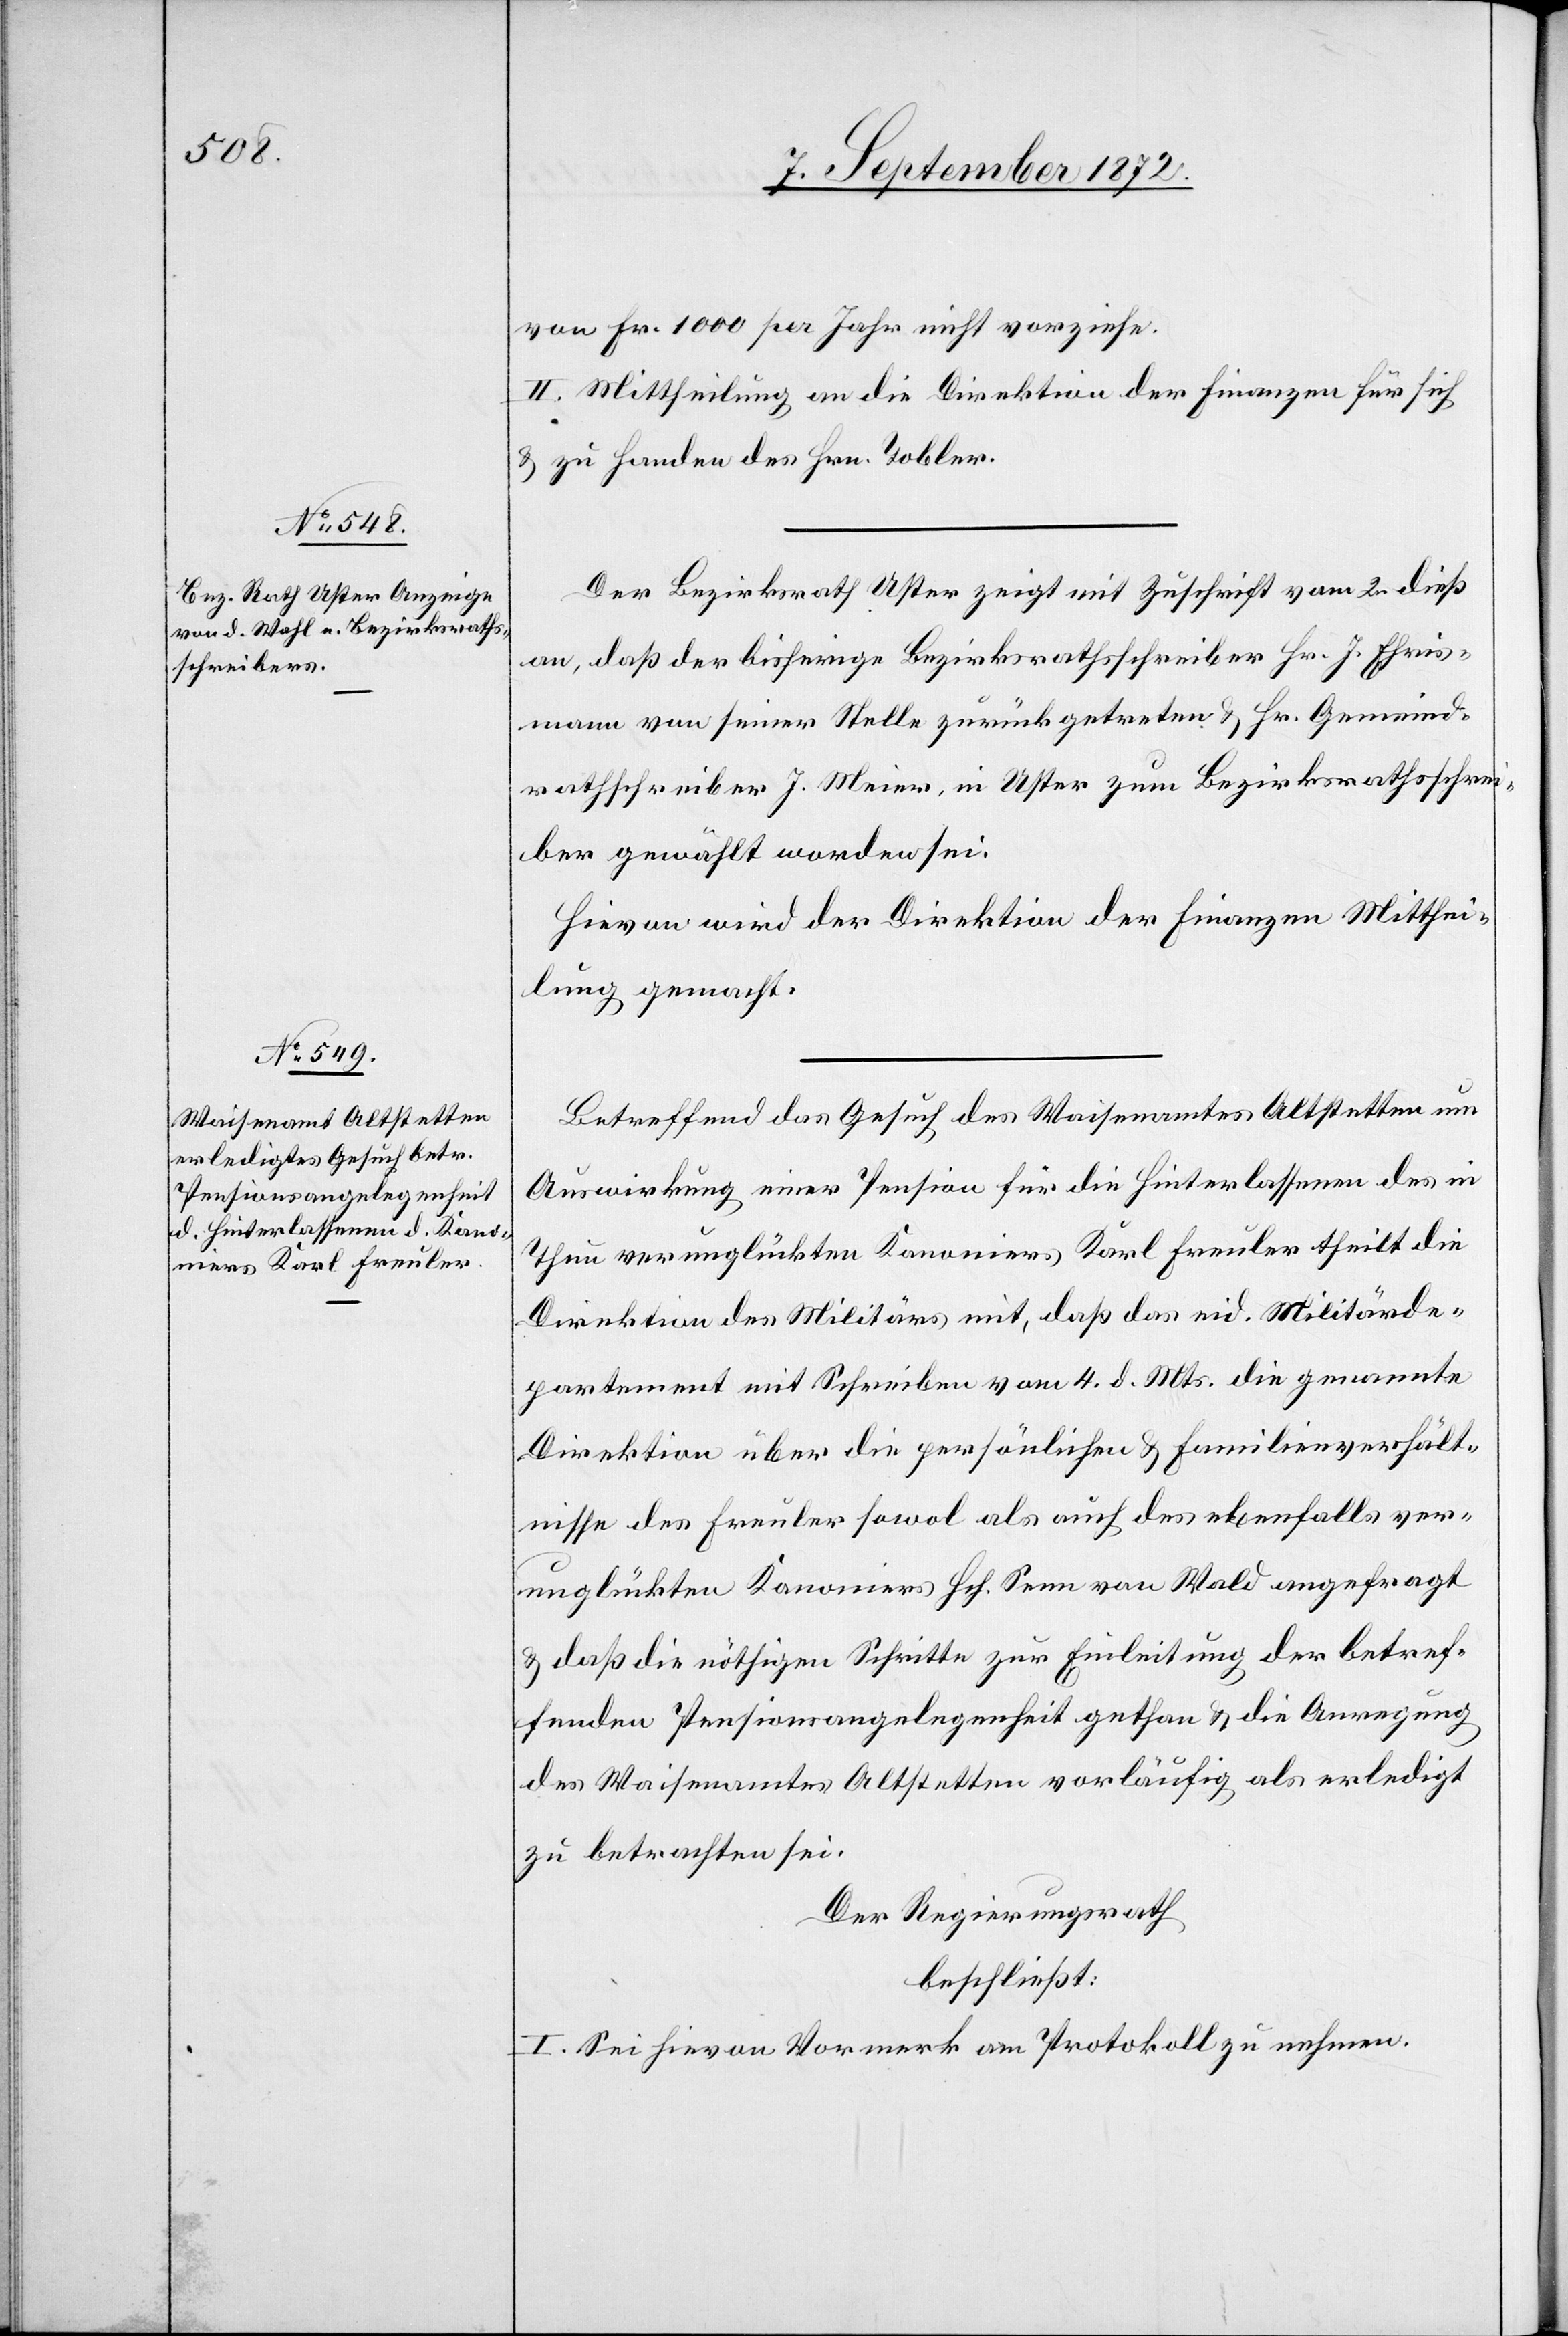
von Fr. 1000 per Jahr nicht vorziehe.
II. Mittheilung an die Direktion der Finanzen für sich
u. zu Handen des Hrn. Tobler.
Der Bezirksrath Uster zeigt mit Zuschrift vom 2. dieß
an, daß der bisherige Bezirksrathsschreiber Hr. J. Ehris¬
mann von seiner Stelle zurückgetreten u. Hr. Gemeind¬
rathschreiber J. Meier, in Uster zum Bezirksrathsschrei¬
ber gewählt worden sei.
Hievon wird der Direktion der Finanzen Mitthei¬
lung gemacht.
Betreffend das Gesuch des Waisenamtes Altstetten um
Auswirkung einer Pension für die Hinterlassenen des in
Thun verunglückten Kanoniers Karl Freuler theilt die
Direktion des Militärs mit, daß das eid. Militärde¬
partement mit Schreiben vom 4. d. Mts. die genannte
Direktion über die persönlichen u. Familienverhält¬
nisse des Freuler sowol als auch des ebenfalls ver¬
unglückten Kanoniers Hch. Senn von Wald angefragt
u. daß die nöthigen Schritte zur Einleitung der betref¬
fenden Pensionsangelegenheit gethan u. die Anregung
des Waisenamtes Altstetten vorläufig als erledigt
zu betrachten sei.
Der Regierungsrath
beschließt:
I. Sei hievon Vormerk am Protokoll zu nehmen.